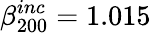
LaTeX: \beta_{200}^{inc}=1.015